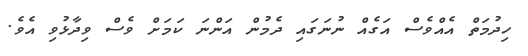
ހިދުމަތް އެއްވެސް އަގެއް ނުނަގައި ދެމުން އަންނަ ކަމަށް ވެސް ވިދާޅުވި އެވެ.